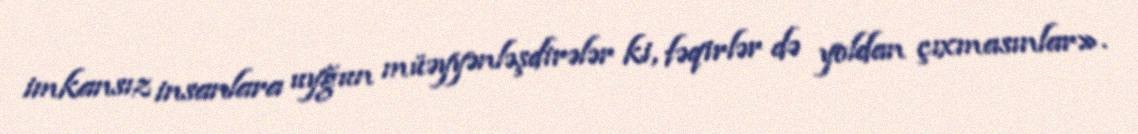
imkansız insanlara uyğun müəyyənləşdirələr ki, fəqirlər də yoldan çıxmasınlar».